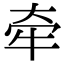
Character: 牵